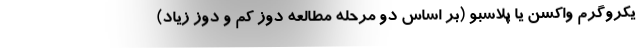
یکروگرم واکسن یا پلاسبو (بر اساس دو مرحله مطالعه دوز کم و دوز زیاد)